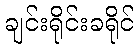
ချင်းရိုင်းခရိုင်